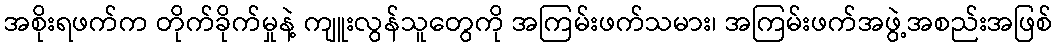
အစိုးရဖက်က တိုက်ခိုက်မှုနဲ့ ကျူးလွန်သူတွေကို အကြမ်းဖက်သမား၊ အကြမ်းဖက်အဖွဲ့အစည်းအဖြစ်